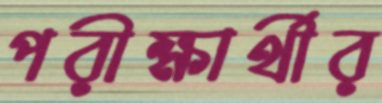
পরীক্ষার্থীর